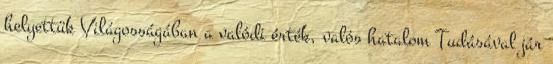
helyettük Világosságában a valódi érték, valós hatalom Tudásával jár